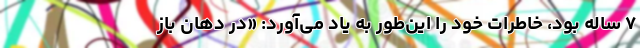
۷ ساله بود، خاطراتِ خود را این‌طور به یاد می‌آورد: «در دهانِ بازِ